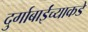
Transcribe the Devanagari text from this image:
दुर्गाबाईंच्याकडे